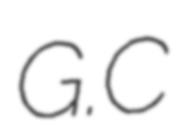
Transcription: G.C